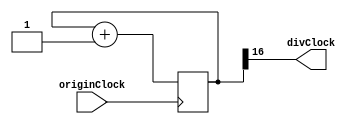
`timescale 1ns / 1ps
//////////////////////////////////////////////////////////////////////////////////
// Company: 
// Engineer: 
// 
// Design Name: 
// Module Name: ClockDiv
// Project Name: 
// Target Devices: 
// Tool Versions: 
// Description: 
// 
// Dependencies: 
// 
// Revision:
// Revision 0.01 - File Created
// Additional Comments:
// 
//////////////////////////////////////////////////////////////////////////////////


module ClockDiv(
  input originClock,
  output divClock
  );

  reg [16:0] counter;

  always @(posedge originClock) begin
    counter <= counter + 1;
  end

  assign divClock = counter[16];
endmodule